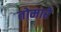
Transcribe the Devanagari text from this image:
तोमारे